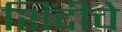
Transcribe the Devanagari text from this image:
शिंदीचे